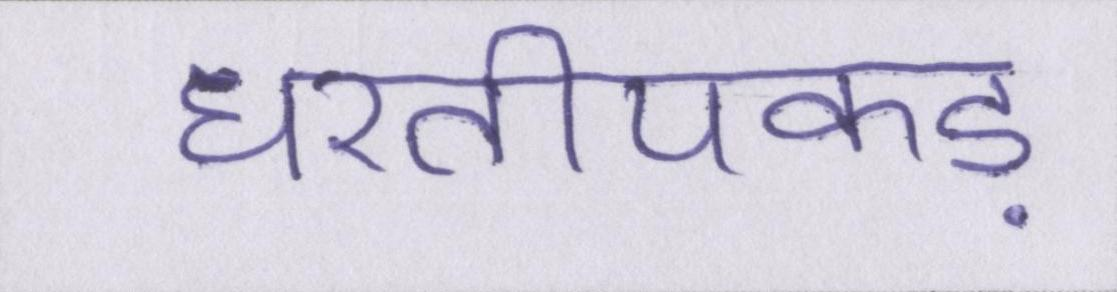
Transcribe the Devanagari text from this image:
धरतीपकड़